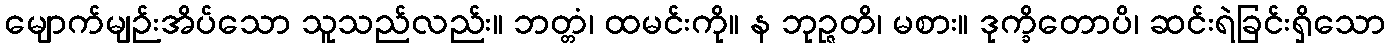
မျောက်မျဉ်းအိပ်သော သူသည်လည်း။ ဘတ္တံ၊ ထမင်းကို။ န ဘုဉ္ဇတိ၊ မစား။ ဒုက္ခိတောပိ၊ ဆင်းရဲခြင်းရှိသော